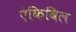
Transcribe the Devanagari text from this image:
एंकिविल